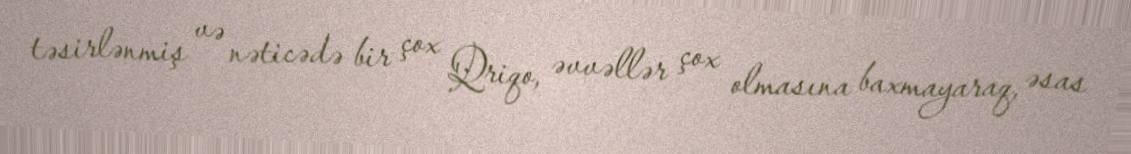
təsirlənmiş və nəticədə bir çox Qriqo, əvvəllər çox olmasına baxmayaraq, əsas